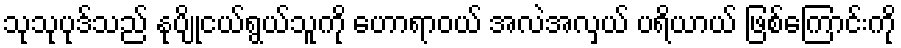
သုသုပုဒ်သည် နုပျိုငယ်ရွယ်သူကို ဟောရာဝယ် အလဲအလှယ် ပရိယာယ် ဖြစ်ကြောင်းကို